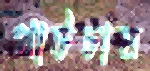
পাটচাষ